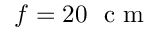
f = 2 0 ~ \textrm { c m }